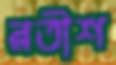
রতীশ